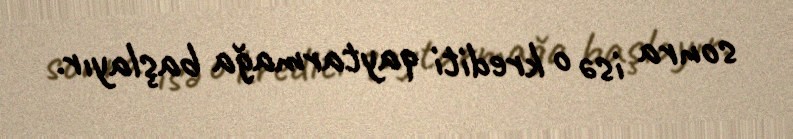
sonra isə o krediti qaytarmağa başlayır.